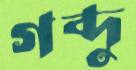
গব্দু